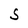
Character: S